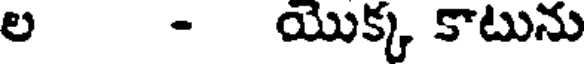
ల - యొక్క కాటును